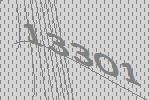
13301